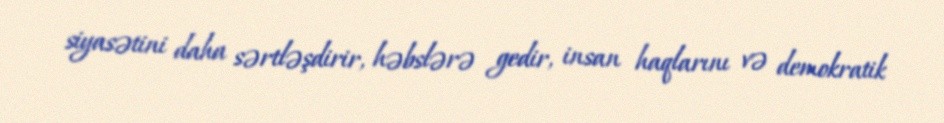
siyasətini daha sərtləşdirir, həbslərə gedir, insan haqlarını və demokratik